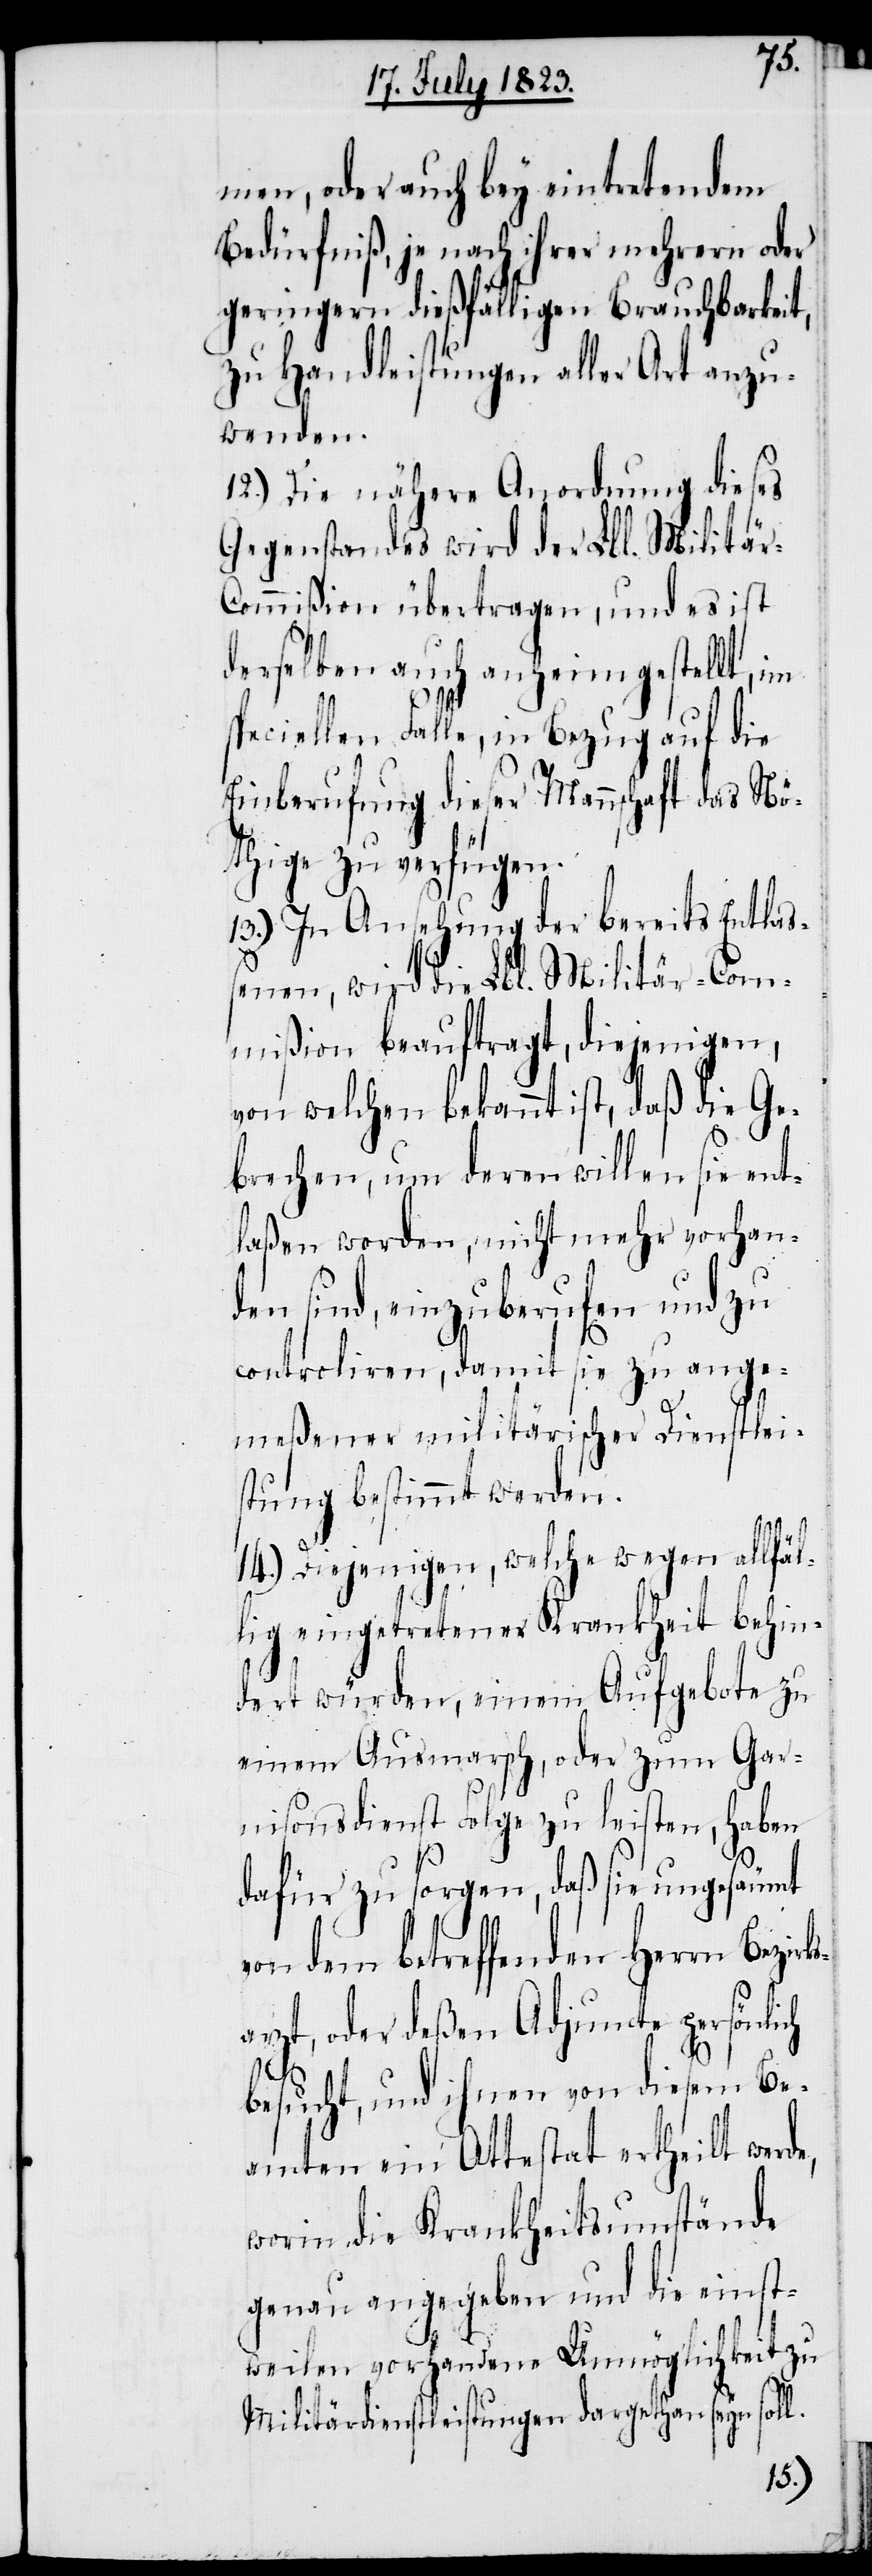
ks¬
men, oder auch bey eintretendem
Bedürfniß, je nach ihrer mehrern oder
geringern dießfälligen Brauchbarkeit,
zu Handleistungen aller Art anzu¬
wenden.
12.) Die nähere Anordnung dieses
Gegenstandes wird der Lbl. Militä¬
r-Commißion übertragen, und es ist
derselben auch anheimgestellt, im
speciellen Falle, in Bezug auf die
Einberufung dieser Mannschaft das Nö¬
thige zu verfügen.
13.) In Ansehung der bereits Entlaß¬
enen, wird die Lbl. Militär-Com¬
mißion beauftragt, diejenigen,
von welchen bekannt ist, daß die Ge¬
brechen, um deren willen sie ent¬
laßen worden, nicht mehr vorhan¬
den sind, einzuberufen und zu
controliren, damit sie zu ange¬
meßener militärischer Dienstlei¬
stung bestimmt werden.
14.) Diejenigen, welche wegen allfäl¬
lig eingetretener Krankheit behin¬
dert würden, einem Aufgebote zu
einem Ausmarsch, oder zum Gar¬
nisonsdienst Folge zu leisten, haben
dafür zu sorgen, daß sie ungesäumt
von dem betreffenden Herrn Bezir¬
arzt, oder deßen Adjuncte persönlich
besucht, und ihnen von diesem Be¬
amten ein Attestat ertheilt werde,
worin die Krankheitsumstände
genau angegeben und die einst¬
weilen vorhandene Unmöglichkeit zu
Militärdienstleistungen dargethan seyn soll.